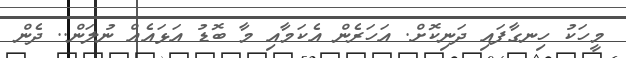
މީހަކު ހިނގާފައި ދަނިކޮށް. އަހަރެން އެކަމާއި މާ ބޮޑު އަޅައެއް ނުލަން.. ދެން